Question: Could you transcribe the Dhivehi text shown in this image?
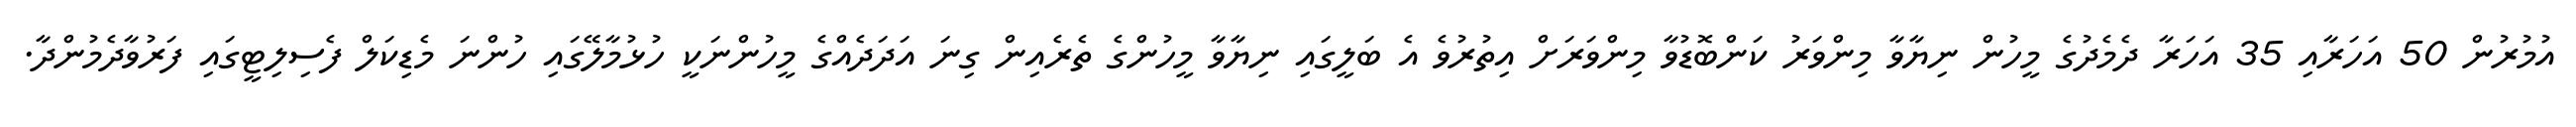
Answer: އުމުރުން 50 އަހަރާއި 35 އަހަރާ ދެމެދުގެ މީހުން ނިޔާވާ މިންވަރު ކަންބޮޑުވާ މިންވަރަށް އިތުރުވެ އެ ބަލީގައި ނިޔާވާ މީހުންގެ ތެރެއިން ގިނަ އަދަދެއްގެ މީހުންނަކީ ހުޅުމާލޭގައި ހުންނަ މެޑިކަލް ފެސިލިޓީގައި ފަރުވާދެމުންދާ.